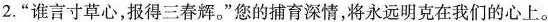
2.”谁言寸草心，报得三春辉。”您的捕育深情，将永远明克在我们的心上。